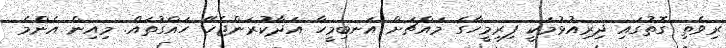
ރިވެތި ގޮތުގައި ދިރިއުޅުމަކީ ފިރިމީހާގެ މައްޗަށް އަނބިމީހާ އަދާކުރަންޖެހޭ ހައްގުތައް. މިއިން އެންމެ